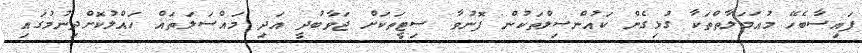
ފައިސާބެހޭ މުޢަމަލާތްތަކާ ގުޅިގެން ކައުންސިލްތަކުން ފޮނުވާ ސިޓީތަކަށް ޖަވާބުދީ އަދި މައްސަލަތައް ހައްލުކޮށްދިނުމުގައި